Report of the Indian Hemp Drugs Commission, 1894-1895 - Volume II
Year: 1894
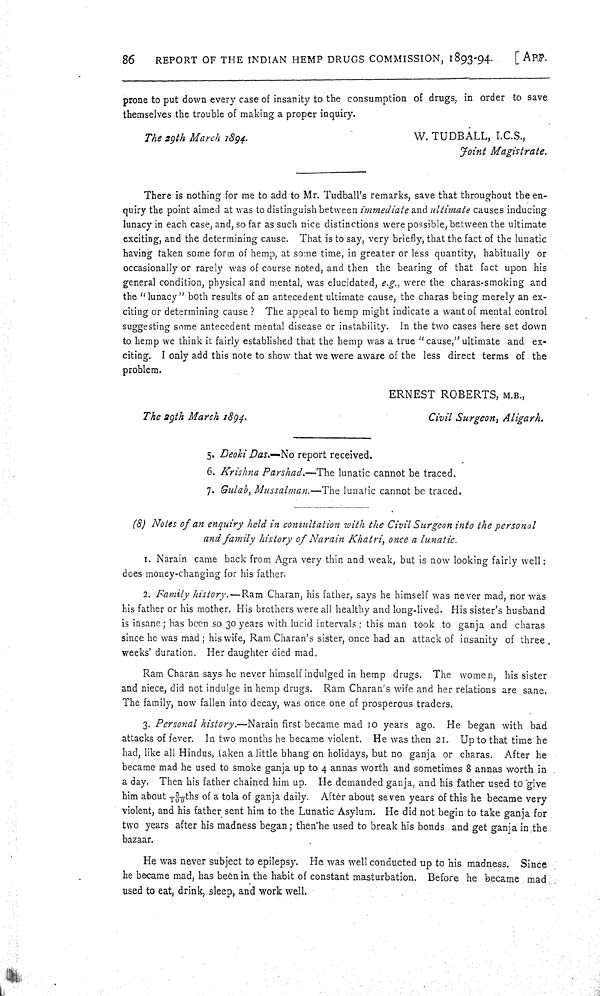
86
REPORT OF THE INDIAN HEMP DRUGS COMMISSION, 1893-94.
[ APP.
prone to put down every case of insanity to the consumption of drugs, in order to save
themselves the trouble of making a proper inquiry.
The 29th March 1894.
W. TUDBALL, I.C.S.,
Joint Magistrate.
There is nothing for me to add to Mr. Tudball's remarks, save that throughout the en-
quiry the point aimed at was to distinguish between immediate and ultimate causes inducing
lunacy in each case, and, so far as such nice distinctions were possible, between the ultimate
exciting, and the determining cause. That is to say, very briefly, that the fact of the lunatic
having taken some form of hemp, at some time, in greater or less quantity, habitually or
occasionally or rarely was of course noted, and then the bearing of that fact upon his
general condition, physical and mental, was elucidated, e.g., were the charas-smoking and
the "lunacy" both results of an antecedent ultimate cause, the charas being merely an ex-
citing or determining cause ? The appeal to hemp might indicate a want of mental control
suggesting some antecedent mental disease or instability. In the two cases here set down
to hemp we think it fairly established that the hemp was a true "cause," ultimate and ex-
citing. I only add this note to show that we were aware of the less direct terms of the
problem.
ERNEST ROBERTS, M.B.,
The 29th March 1894.
Civil Surgeon, Aligarh.
5. Deoki Das.—No report received.
6. Krishna Parshad.—The lunatic cannot be traced.
7. Gulab, Mussalman.—The lunatic cannot be traced.
(8) Notes of an enquiry held in consultation with the Civil Surgeon into the personal
and family history of Narain Khatri, once a lunatic.
1. Narain came back from Agra very thin and weak, but is now looking fairly well:
does money-changing for his father.
2. Family history.—Ram Charan, his father, says he himself was never mad, nor was
his father or his mother. His brothers were all healthy and long-lived. His sister's husband
is insane; has been so 30 years with lucid intervals; this man took to ganja and charas
since he was mad; his wife, Ram Charan's sister, once had an attack of insanity of three
weeks' duration. Her daughter died mad.
Ram Charan says he never himself indulged in hemp drugs. The women, his sister
and niece, did not indulge in hemp drugs. Ram Charan's wife and her relations are sane.
The family, now fallen into decay, was once one of prosperous traders.
3. Personal history.—Narain first became mad 10 years ago. He began with bad
attacks of fever. In two months he became violent. He was then 21. Up to that time he
had, like all Hindus, taken a little bhang on holidays, but no ganja or charas. After he
became mad he used to smoke ganja up to 4 annas worth and sometimes 8 annas worth in
a day. Then his father chained him up. He demanded ganja, and his father used to give
him about 3/100ths of a tola of ganja daily. After about seven years of this he became very
violent, and his father sent him to the Lunatic Asylum. He did not begin to take ganja for
two years after his madness began; then he used to break his bonds and get ganja in the
bazaar.
He was never subject to epilepsy. He was well conducted up to his madness. Since
he became mad, has been in the habit of constant masturbation. Before he became mad
used to eat, drink, sleep, and work well.